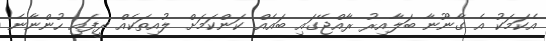
އެކަމަކު އެ ގާނޫނާ ބަލާއިރު ރާއްޖޭގައި ބައެއް ކަންކަމަށް ލުއިތަކެއް ދީފައި ހުންނާނެ